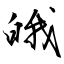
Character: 皒